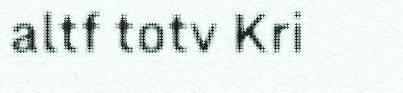
altf totv Kri